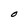
Character: O